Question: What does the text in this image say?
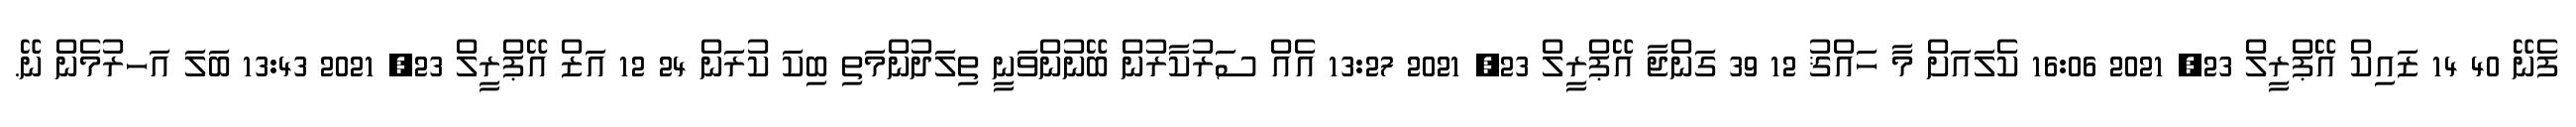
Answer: ފެނޭ 40 14 ޒައިކް އޭޕްރީލް 23, 2021 16:06 ކެލައަށް މާ ހައްޤު 12 39 ގަންޖާ އޭޕްރީލް 23, 2021 13:27 އެއް ސަރުކާރުން ބޭނުންވަނީ ތިލަދުންމަތި ބިކަ ކުރަން 24 12 އަޒް އޭޕްރީލް 23, 2021 13:43 ބަލަ އަހރުމެން ނޭ.